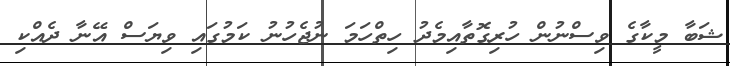
ޝަބާ މީކާގެ ވިސްނުން ހުރިގޮތާއިމެދު ހިތްހަމަ ނުޖެހުނު ކަމުގައި ވިޔަސް އޭނާ ދެއްކި